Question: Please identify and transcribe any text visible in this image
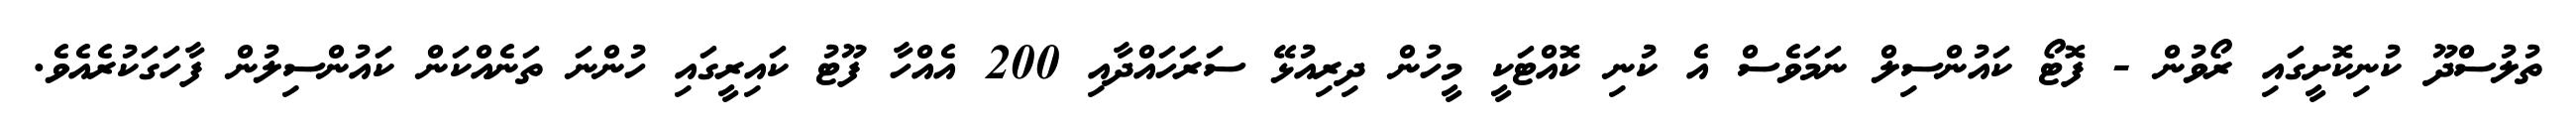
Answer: ތުލުސްދޫ ކުނިކޮށީގައި ރޯވުން - ފޮޓޯ ކައުންސިލް ނަމަވެސް އެ ކުނި ކޮއްޓަކީ މީހުން ދިރިއުޅޭ ސަރަހައްދާއި 200 އެއްހާ ފޫޓު ކައިރީގައި ހުންނަ ތަނެއްކަން ކައުންސިލުން ފާހަގަކުރެއެވެ.